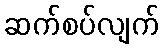
ဆက်စပ်လျက်